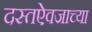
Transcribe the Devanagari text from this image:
दस्तऐवजाच्या